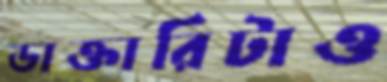
ডাক্তারিটাও